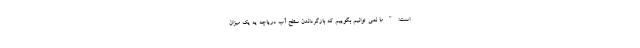
است: " ما نمی توانیم بگوییم که بازگرداندن سطح آب دریاچه یه یک میزان